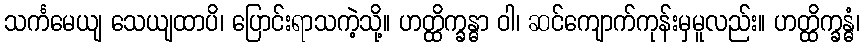
သင်္ကမေယျ သေယျထာပိ၊ ပြောင်းရာသကဲ့သို့။ ဟတ္ထိက္ခန္ဓာ ဝါ၊ ဆင်ကျောက်ကုန်းမှမူလည်း။ ဟတ္ထိက္ခန္ဓံ၊